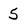
Character: 5